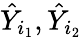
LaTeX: \hat{Y}_{i_{1}},\hat{Y}_{i_{2}}